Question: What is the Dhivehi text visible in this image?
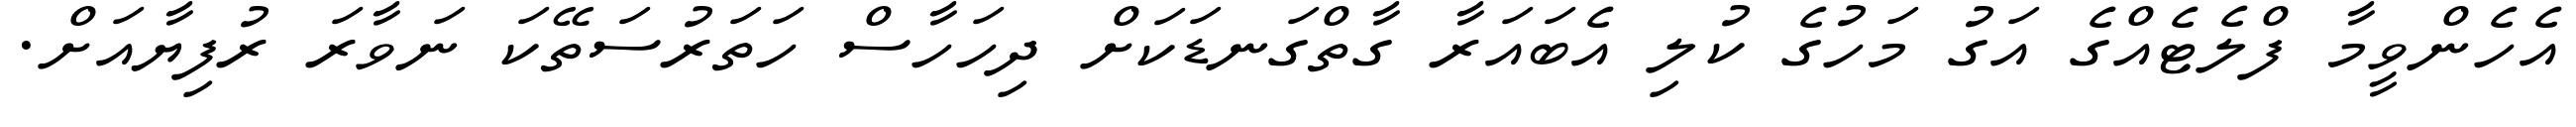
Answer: އެހެންވީމާ ފްލެޓެއްގެ އަގު މަހުގެ ކުލި އެބައަރާ ގާތްގަނޑަކަށް ދިހަހާސް ހަތަރުސަތޭކަ ނަވާރަ ރުފިޔާއަށް.